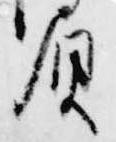
負